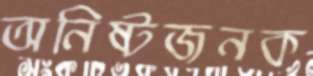
অনিষ্টজনক